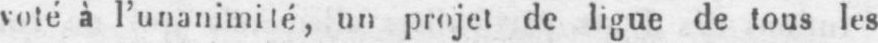
voté à l’unanimité, un projet de ligue de tous les